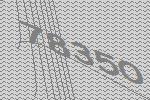
78350